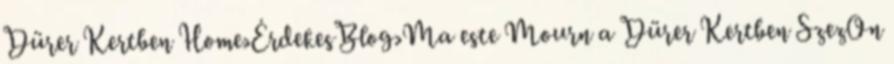
Dürer Kertben Home›ÉrdekesBlog›Ma este Mourn a Dürer Kertben SzezOn